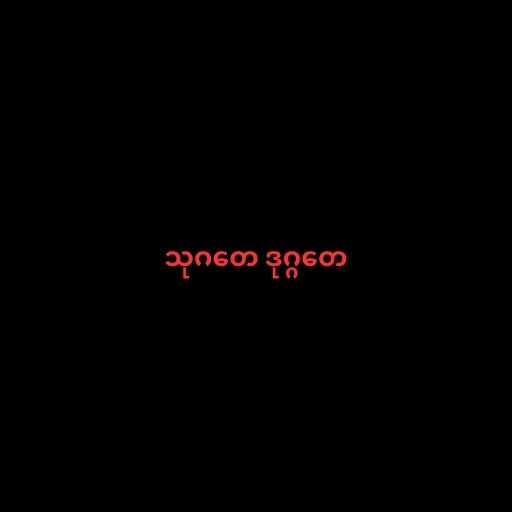
သုဂတေ ဒုဂ္ဂတေ